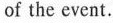
of the event.